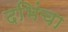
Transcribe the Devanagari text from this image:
दभिंचा